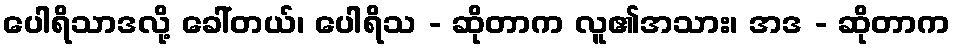
ပေါရိသာဒလို့ ခေါ်တယ်၊ ပေါရိသ - ဆိုတာက လူ၏အသား၊ အဒ - ဆိုတာက